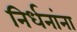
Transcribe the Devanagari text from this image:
निर्धनांना